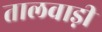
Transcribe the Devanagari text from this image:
तालवाड़ी